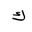
Letter: _kaf